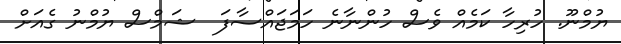
ޔުމްނޫ. ހުރިހާ ކަމެއް ވެސް ހުންނާނެ ހަމަޖައްސާފަ  ޝަމްސް ޔުމްނު ގެއަށް